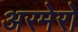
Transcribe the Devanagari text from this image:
अरमेरो